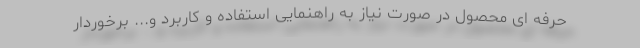
حرفه ای محصول در صورت نیاز به راهنمایی استفاده و کاربرد و... برخوردار